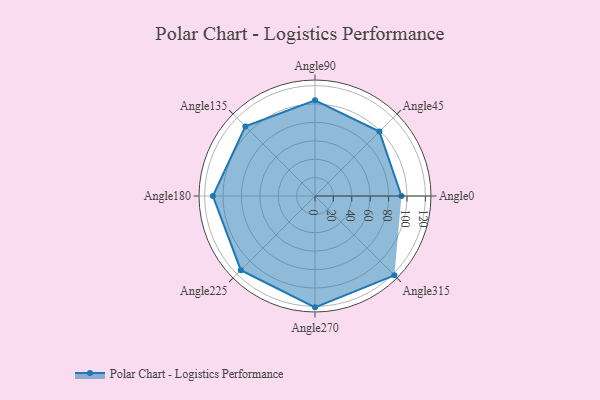
{"axis": {"x": "Angle", "y": "Radius"}, "legend": [""], "data": [{"x": "Angle0", "y": 94.0, "type": ""}, {"x": "Angle45", "y": 99.0, "type": ""}, {"x": "Angle90", "y": 104.0, "type": ""}, {"x": "Angle135", "y": 107.0, "type": ""}, {"x": "Angle180", "y": 111.0, "type": ""}, {"x": "Angle225", "y": 114.0, "type": ""}, {"x": "Angle270", "y": 121.0, "type": ""}, {"x": "Angle315", "y": 122.0, "type": ""}]}